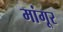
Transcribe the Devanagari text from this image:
मांगूर